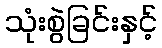
သုံးစွဲခြင်းနှင့်